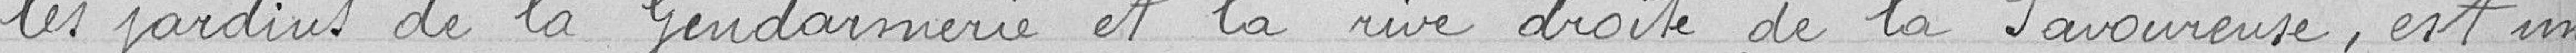
les jardins de la Gendarmerie et la rive droite de la Savoureuse , est un